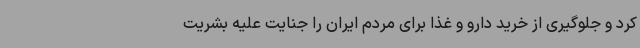
کرد و جلوگیری از خرید دارو و غذا برای مردم ایران را جنایت علیه بشریت